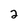
Character: 2